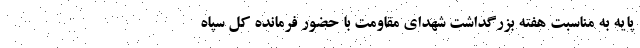
پایه به مناسبت هفته بزرگداشت شهدای مقاومت با حضور فرمانده کل سپاه